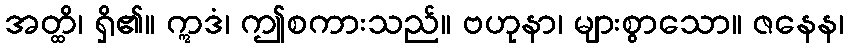
အတ္ထိ၊ ရှိ၏။ ဣဒံ၊ ဤစကားသည်။ ဗဟုနာ၊ များစွာသော။ ဇနေန၊